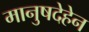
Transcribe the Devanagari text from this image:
मानुषदेहेन